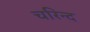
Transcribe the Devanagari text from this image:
चरिन्द